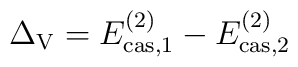
\Delta_{\rm V}=E^{(2)}_{{\rm cas,}1}-E^{(2)}_{{\rm cas,}2}